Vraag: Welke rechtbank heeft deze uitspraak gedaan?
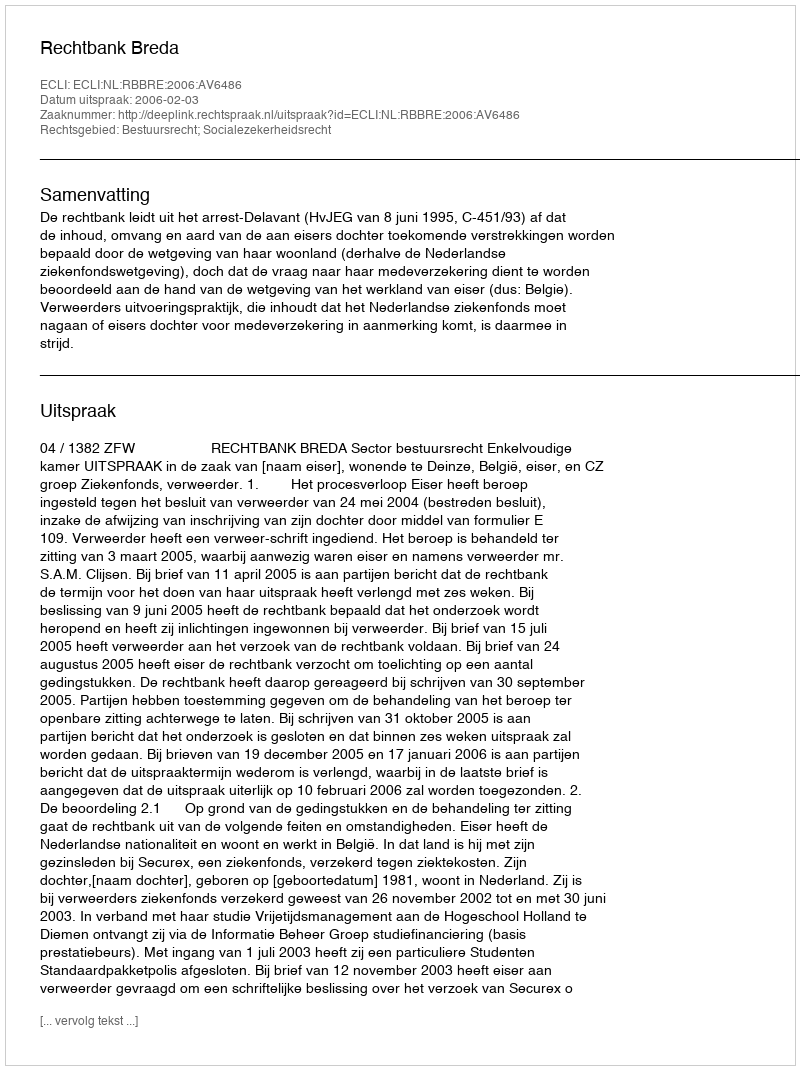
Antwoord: Rechtbank Breda